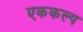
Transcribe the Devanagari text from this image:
एककल्प